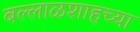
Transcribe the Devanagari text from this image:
बल्लाळशाहच्या